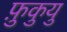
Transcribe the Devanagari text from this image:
फ़ुकुयु